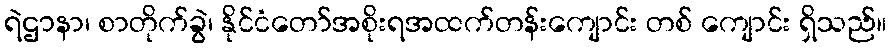
ရဲဌာနာ၊ စာတိုက်ခွဲ၊ နိုင်ငံတော်အစိုးရအထက်တန်းကျောင်း တစ် ကျောင်း ရှိသည်။